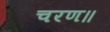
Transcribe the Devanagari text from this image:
चरण॥